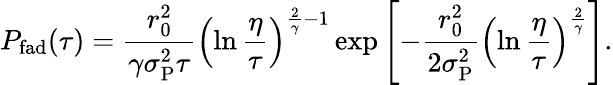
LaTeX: P_{\mathrm{fad}}(\tau)=\frac{r_{0}^{2}}{\gamma\sigma_{\mathrm{P}}^{2}\tau}\left(\ln\frac{\eta}{\tau}\right)^{\frac{2}{\gamma}-1}\exp\left[-\frac{r_{0}^{2}}{2\sigma_{\mathrm{P}}^{2}}\left(\ln\frac{\eta}{\tau}\right)^{\frac{2}{\gamma}}\right].